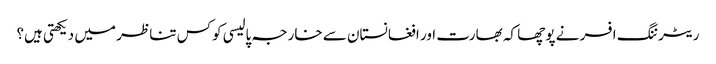
ریٹرننگ افسر نے پوچھا کہ بھارت اور افغانستان سے خارجہ پالیسی کوکس تناظر میں دیکھتی ہیں؟